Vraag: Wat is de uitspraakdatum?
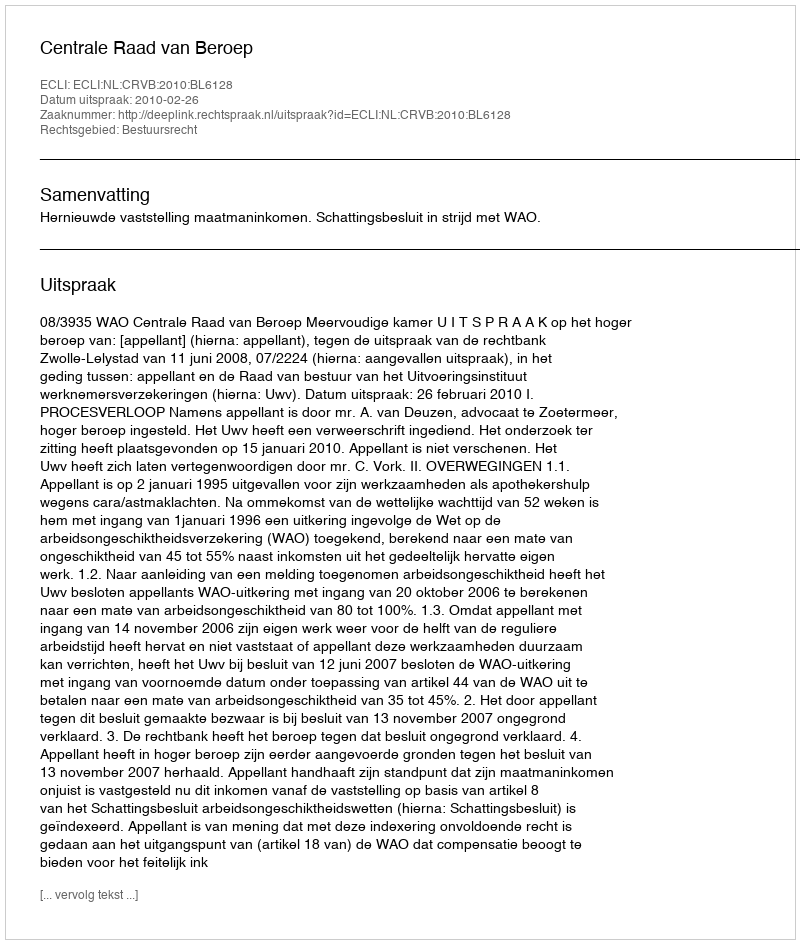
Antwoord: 2010-02-26